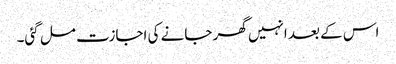
اس کے بعد انہیں گھر جانے کی اجازت مل گئی۔